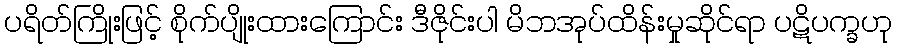
ပရိတ်ကြိုးဖြင့် စိုက်ပျိုးထားကြောင်း ဒီဇိုင်းပါ မိဘအုပ်ထိန်းမှုဆိုင်ရာ ပဋိပက္ခဟု